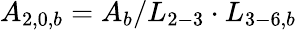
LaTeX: {A_{2,0,b}}={A_{b}}/{L_{2-3}}\cdot{L_{3-6,b}}